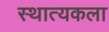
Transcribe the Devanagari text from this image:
स्थात्यकला